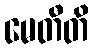
မေတီတိ